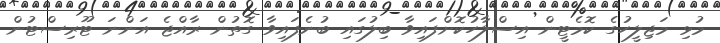
މުޅި މަޖިލީހުގެ ކޮމެޓީން އިސްލާހުކޮށްފައިވާ ބިލުގައި ބުނެފައިވާ ގޮތުން ރާއްޖެ އަންނަ ޓޫރިސްޓުން